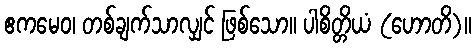
ဧကမေဝ၊ တစ်ချက်သာလျှင် ဖြစ်သော။ ပါစိတ္တိယံ (ဟောတိ)။